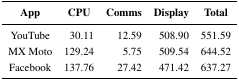
| App | CPU | Comms | Display | Total |
 | --- | --- | --- | --- | --- |
 | YouTube | 30.11 | 12.59 | 508.90 | 551.59 |
 | MX Moto | 129.24 | 5.75 | 509.54 | 644.52 |
 | Facebook | 137.76 | 27.42 | 471.42 | 637.27 |